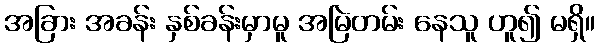
အခြား အခန်း နှစ်ခန်းမှာမူ အမြဲတမ်း နေသူ ဟူ၍ မရှိ။